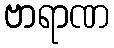
ဗာရာဏ